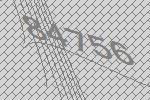
84756